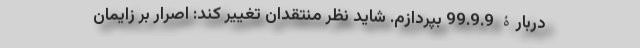
دربارۀ 99.9.9 بپردازم. شاید نظر منتقدان تغییر کند: اصرار بر زایمان